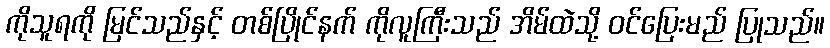
ကိုသူရကို မြင်သည်နှင့် တစ်ပြိုင်နက် ကိုလူကြီးသည် အိမ်ထဲသို့ ဝင်ပြေးမည် ပြုသည်။